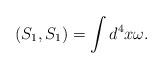
LaTeX: \begin{align*}\left( S_{1},S_{1}\right) =\int d^{4}x\omega . \end{align*}